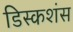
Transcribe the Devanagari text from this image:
डिस्कशंस